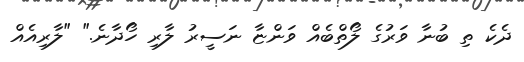
ދެކެ ތި ބުނާ ވަރުގެ ލޯތްބެއް ވަންޏާ ނަސީރު ލާރި ހޯދާނެ." "ލާރިއެއް